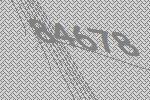
84678